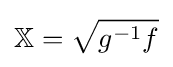
\mathbb {X} ={\sqrt {g^{-1}f}}